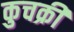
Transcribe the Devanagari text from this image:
कुचक्री